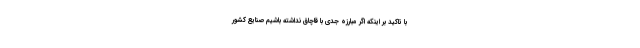
با تاکید بر اینکه اگر مبارزه جدی با قاچاق نداشته باشیم صنایع کشور